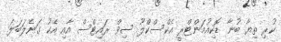
ކުރި ތިޔާ ބުނާ ޑޮކިއުމަންޓްރީ އެކްސްކްލޫ ސިވް ރައިޓްސް އާއި އެކު ގަނެލަބަލަ.